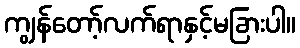
ကျွန်တော့်လက်ရာနှင့်မခြားပါ။